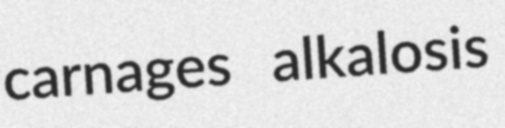
carnages alkalosis